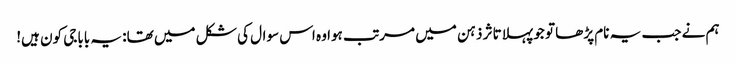
ہم نے جب یہ نام پڑھا تو جو پہلا تاثر ذہن میں مرتب ہوا وہ اس سوال کی شکل میں تھا: یہ باباجی کون ہیں!